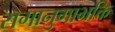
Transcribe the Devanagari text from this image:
रागानुगाभक्ति